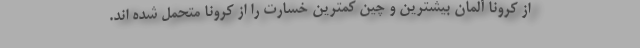
از کرونا آلمان بیشترین و چین کمترین خسارت را از کرونا متحمل شده اند.